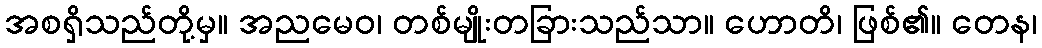
အစရှိသည်တို့မှ။ အညမေဝ၊ တစ်မျိုးတခြားသည်သာ။ ဟောတိ၊ ဖြစ်၏။ တေန၊